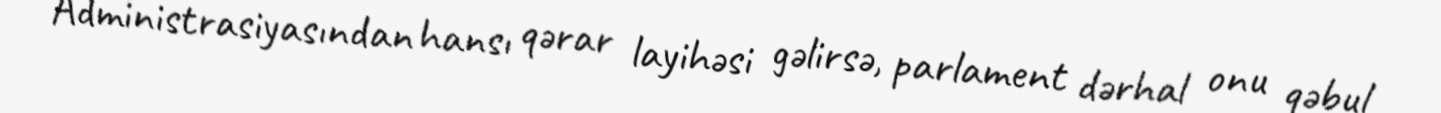
Administrasiyasından hansı qərar layihəsi gəlirsə, parlament dərhal onu qəbul